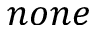
n o n e